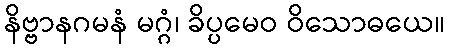
နိဗ္ဗာနဂမနံ မဂ္ဂံ၊ ခိပ္ပမေဝ ဝိသောဓယေ။